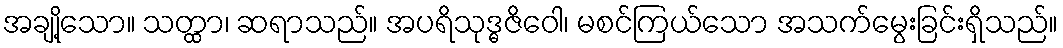
အချို့သော။ သတ္ထာ၊ ဆရာသည်။ အပရိသုဒ္ဓဇိဝေါ၊ မစင်ကြယ်သော အသက်မွေးခြင်းရှိသည်။